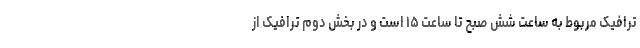
ترافیک مربوط به ساعت شش صبح تا ساعت ۱۵ است و در بخش دوم ترافیک از